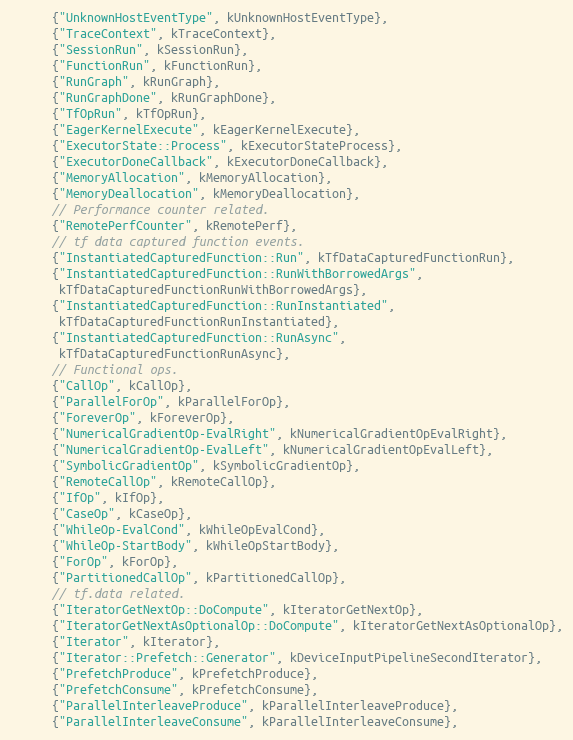
Language: C++
      {"UnknownHostEventType", kUnknownHostEventType},
      {"TraceContext", kTraceContext},
      {"SessionRun", kSessionRun},
      {"FunctionRun", kFunctionRun},
      {"RunGraph", kRunGraph},
      {"RunGraphDone", kRunGraphDone},
      {"TfOpRun", kTfOpRun},
      {"EagerKernelExecute", kEagerKernelExecute},
      {"ExecutorState::Process", kExecutorStateProcess},
      {"ExecutorDoneCallback", kExecutorDoneCallback},
      {"MemoryAllocation", kMemoryAllocation},
      {"MemoryDeallocation", kMemoryDeallocation},
      // Performance counter related.
      {"RemotePerfCounter", kRemotePerf},
      // tf data captured function events.
      {"InstantiatedCapturedFunction::Run", kTfDataCapturedFunctionRun},
      {"InstantiatedCapturedFunction::RunWithBorrowedArgs",
       kTfDataCapturedFunctionRunWithBorrowedArgs},
      {"InstantiatedCapturedFunction::RunInstantiated",
       kTfDataCapturedFunctionRunInstantiated},
      {"InstantiatedCapturedFunction::RunAsync",
       kTfDataCapturedFunctionRunAsync},
      // Functional ops.
      {"CallOp", kCallOp},
      {"ParallelForOp", kParallelForOp},
      {"ForeverOp", kForeverOp},
      {"NumericalGradientOp-EvalRight", kNumericalGradientOpEvalRight},
      {"NumericalGradientOp-EvalLeft", kNumericalGradientOpEvalLeft},
      {"SymbolicGradientOp", kSymbolicGradientOp},
      {"RemoteCallOp", kRemoteCallOp},
      {"IfOp", kIfOp},
      {"CaseOp", kCaseOp},
      {"WhileOp-EvalCond", kWhileOpEvalCond},
      {"WhileOp-StartBody", kWhileOpStartBody},
      {"ForOp", kForOp},
      {"PartitionedCallOp", kPartitionedCallOp},
      // tf.data related.
      {"IteratorGetNextOp::DoCompute", kIteratorGetNextOp},
      {"IteratorGetNextAsOptionalOp::DoCompute", kIteratorGetNextAsOptionalOp},
      {"Iterator", kIterator},
      {"Iterator::Prefetch::Generator", kDeviceInputPipelineSecondIterator},
      {"PrefetchProduce", kPrefetchProduce},
      {"PrefetchConsume", kPrefetchConsume},
      {"ParallelInterleaveProduce", kParallelInterleaveProduce},
      {"ParallelInterleaveConsume", kParallelInterleaveConsume},